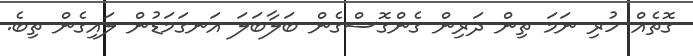
ގޮތެއް ހުރި ނަމަ ތިން ދަރިން ގެންގޮސްގެން ބަލާބަލަ އަނގަމަޑުން ލައިގެން ތިބެ.